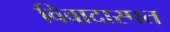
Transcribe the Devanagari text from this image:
विवादास्पत